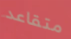
متقاعد